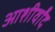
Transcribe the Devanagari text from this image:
आशीर्वांद